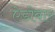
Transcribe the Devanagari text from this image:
ऐडोबार